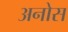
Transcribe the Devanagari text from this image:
अनोस